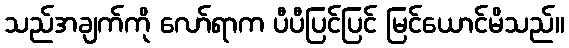
သည်အချက်ကို လော်ရာက ပီပီပြင်ပြင် မြင်ယောင်မိသည်။